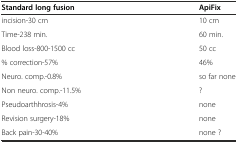
| Standard long fusion | ApiFix |
 | --- | --- |
 | incision-30 cm | 10 cm |
 | Time-238 min. | 60 min. |
 | Blood loss-800-1500 cc | 50 cc |
 | % correction-57% | 46% |
 | Neuro. comp.-0.8% | so far none |
 | Non neuro. comp.-11.5% | ? |
 | Pseudoarthhrosis-4% | none |
 | Revision surgery-18% | none |
 | Back pain-30-40% | none ? |